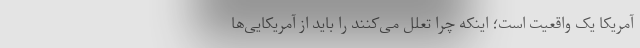
آمریکا یک واقعیت است؛ اینکه چرا تعلل می‌کنند را باید از آمریکایی‌ها